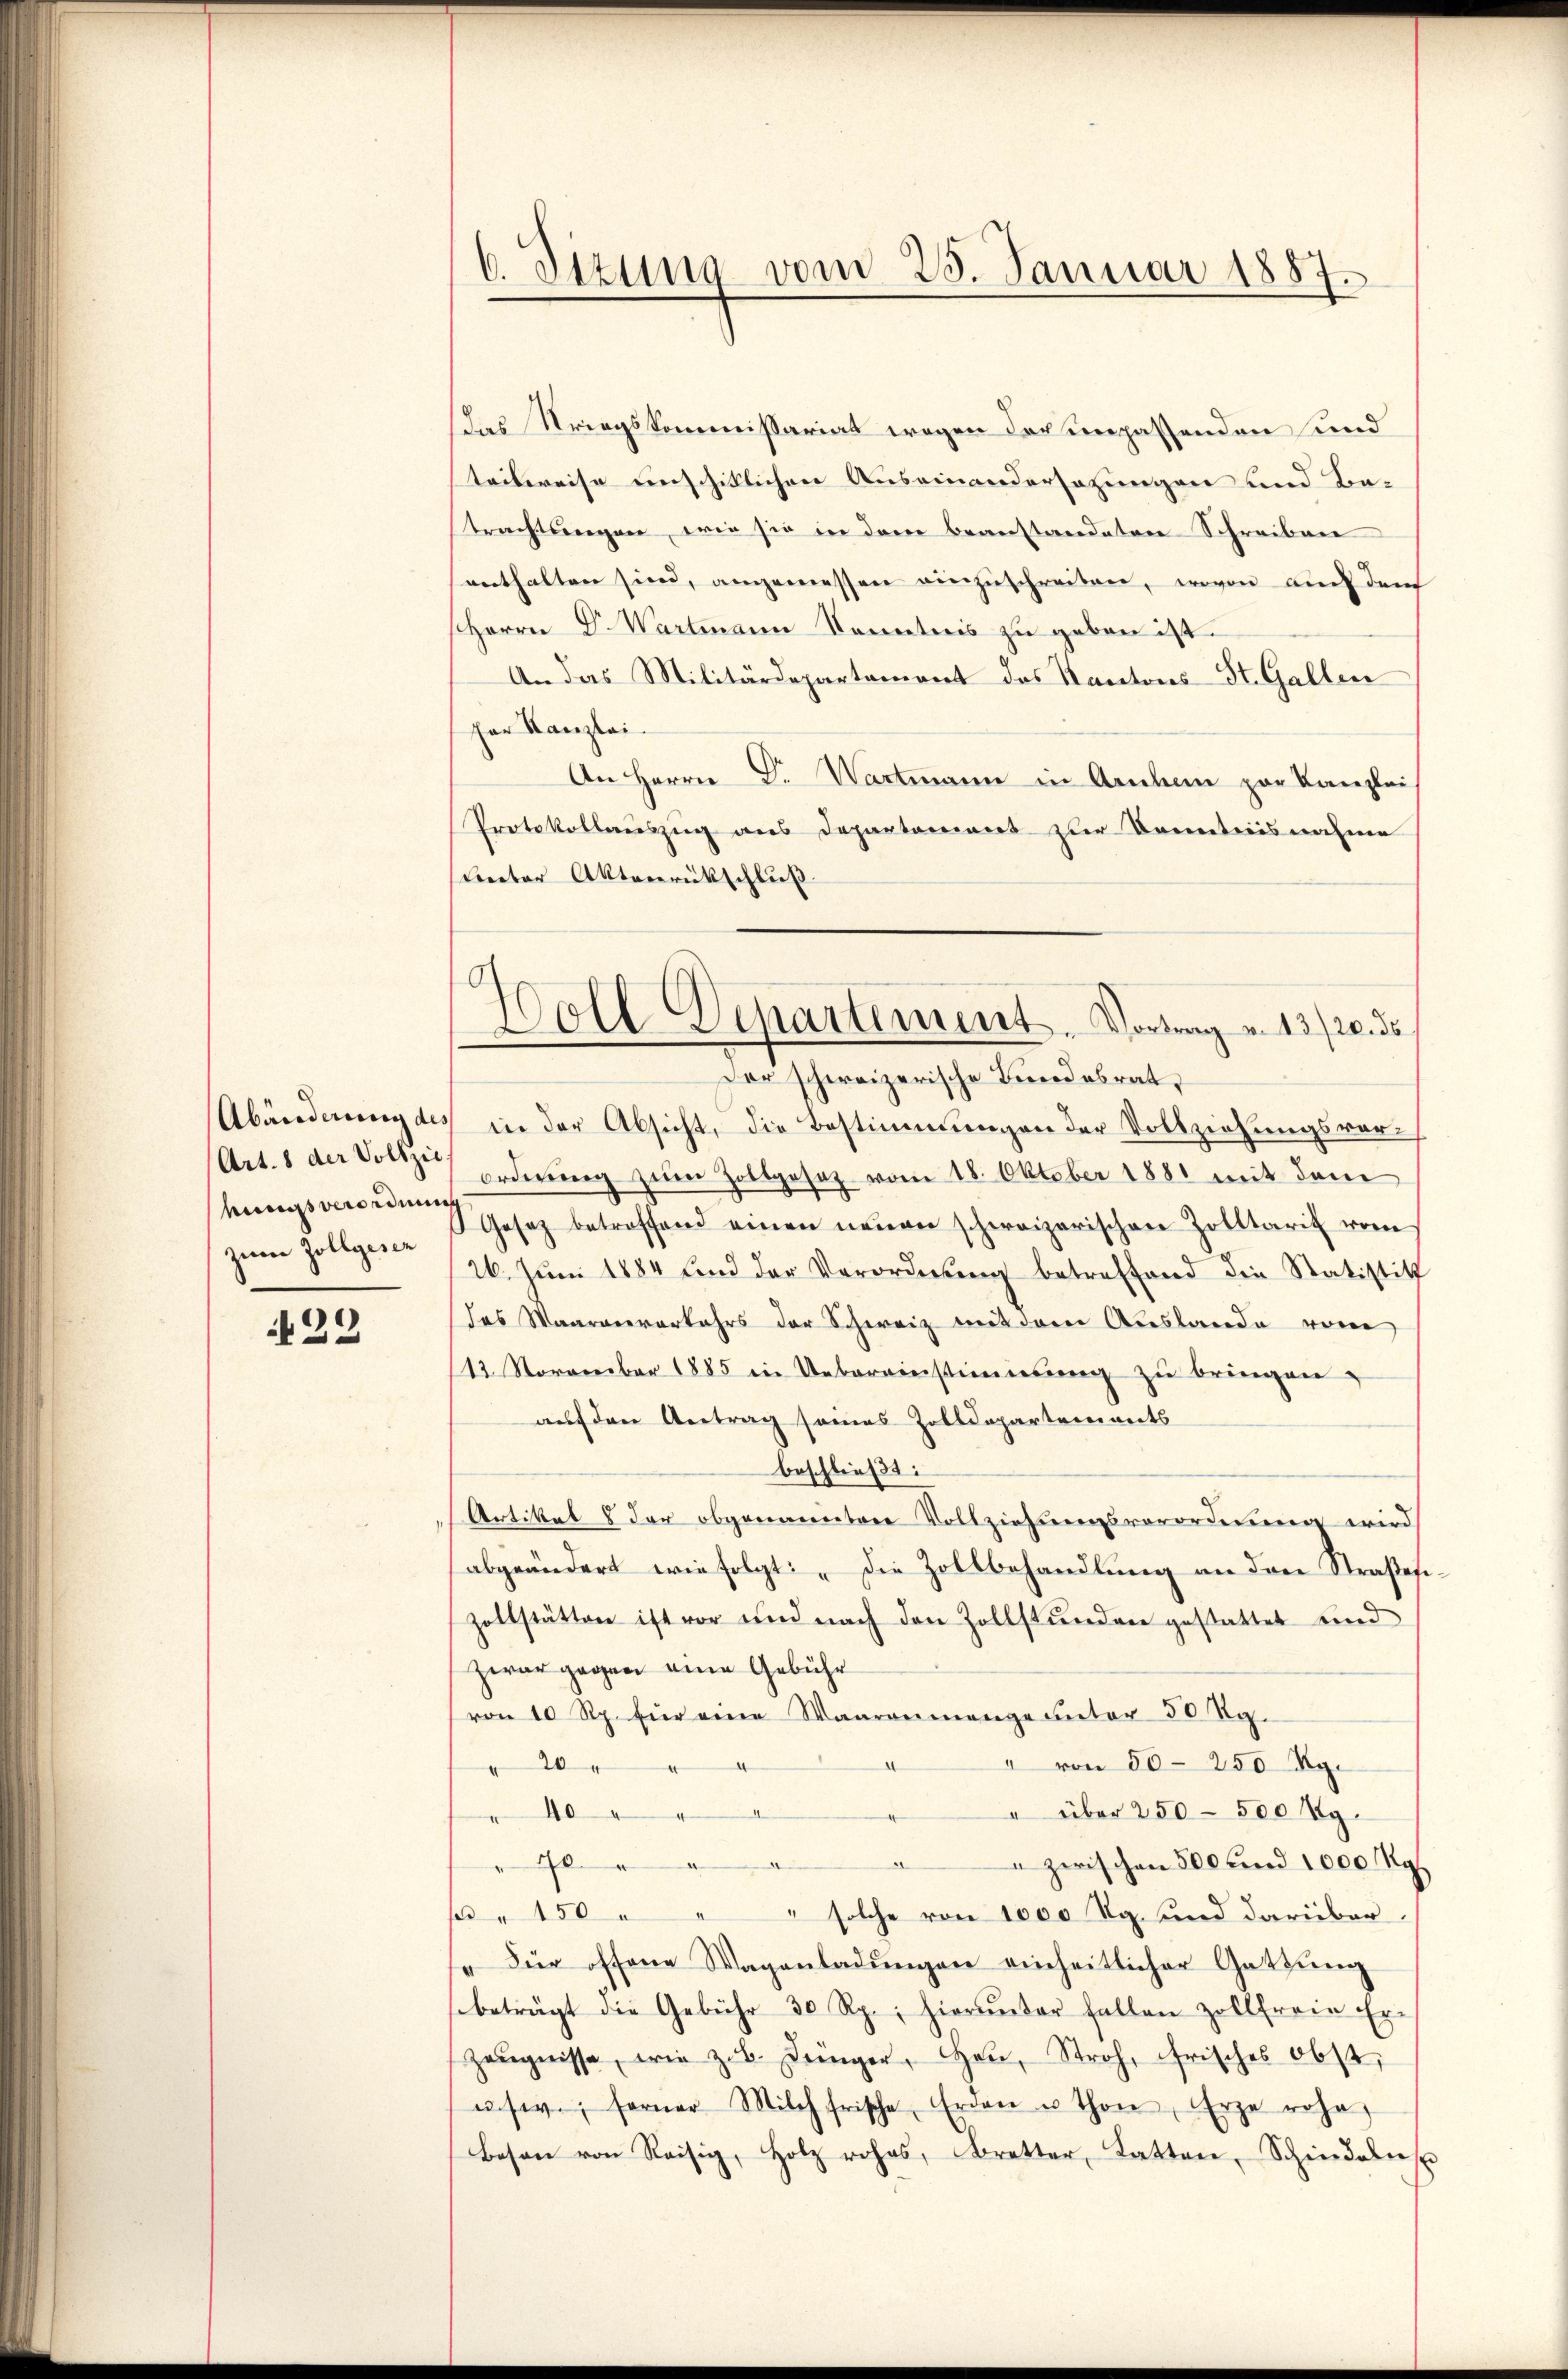
Art. 8 der Vollzie
hungsverordnung
zum Zollgese

429

6. Sizung vom 25. Januar 1887.

das Kriegskommissariat wegen der unpassenden und
teilweise unschiklichen Auseinandersezungen und Be-
trachtswegen, wie sie in dem beanstandeten Schreiben
enthalten sind, angemessen einzuschreiben, wovon auch dem
Herrn Dr. Wartmann Kenntnis zu geben ist.
An das Militärdepartemont des Kantons-St. Gallen
her Kanzlei
An Herrn Dr. Wartmann in Arnchem zur Kanzlei
Protokollauszug aus Departement zur Kenntnisnahme
(unter Aktenrückschluß
Der schweizerische Bundesrat,
Abänderung des in der Absicht, die Bestimmungen der Vollziehungsverorderung zum Zollgesetz vom 18. Oktober 1881 mit dem
Gesetz betreffend einen neuen schweizerischen Zolltaris vom
26. Jŭni 1884 und der Verordnŭng betreffend die Statistik
das Waarenverkehrs der Schweiz mit dem Auslande vom
12. November 1885 in Uebereinstimierŭng zu bringen,
auf den Antrag seines Zolldeparteiinets
beschließt:
Artikel 8 der obgenannten Vollziehungsverordnung wird
abgeändert wie folgt: „Die Zollbehandlung an den Straßesizollstätten ist vor und nach den Zollstŭnden gestattet und
zwar gegen eine Gebühr
von 10 Rp. für eine Waarenmange unter 50 Rp.
" von 50-250 Rp.
2
" über 250 - 500 g
40
e
 zwischen 500 und 1000 g
0
s " 150 " " solche von 1000 Rg. und darüber
se für offene Wagenladŭngen einheitlicher Gatzŭng
sbeträgt die Gebühr 30 Rp., hierunter fallen zollfreie Erzeŭgnisse, wie z.b. Dinger, Heu, Stroh, frisches Obst,
usw.; ferner Milch frische Erden u. Thon, Erze roha
beson von Reisig, Holz rohas, Bretter, Latten, Schindelns

Holl Departement. Vortrag v. 13./20. ds